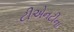
ટીએનટીના